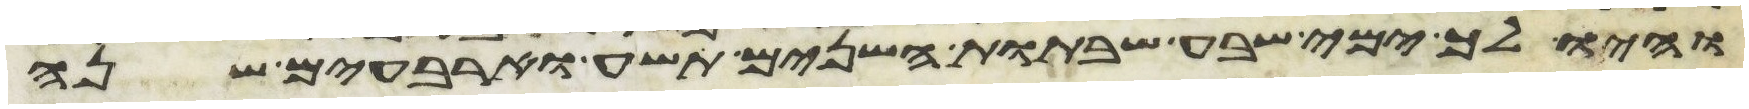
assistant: והיו לך ימי שבע שבתות השנים תשע וארבעים שנה